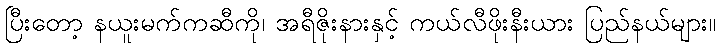
ပြီးတော့ နယူးမက်ကဆီကို၊ အရီဇိုးနားနှင့် ကယ်လီဖိုးနီးယား ပြည်နယ်များ။